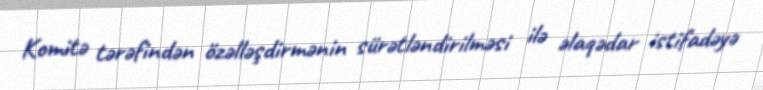
Komitə tərəfindən özəlləşdirmənin sürətləndirilməsi ilə əlaqədar istifadəyə